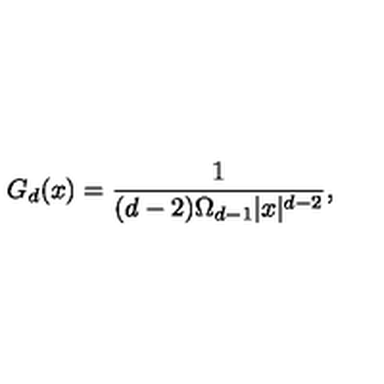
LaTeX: G _ { d } ( x ) = \frac { 1 } { ( d - 2 ) \Omega _ { d - 1 } | x | ^ { d - 2 } } ,